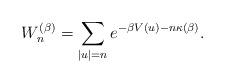
LaTeX: \begin{align*} W_n^{(\beta)} = \sum_{|u|=n} e^{-\beta V(u) - n \kappa(\beta)}.\end{align*}